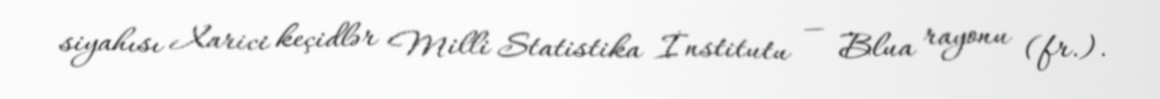
siyahısı Xarici keçidlər Milli Statistika İnstitutu — Blua rayonu (fr.).